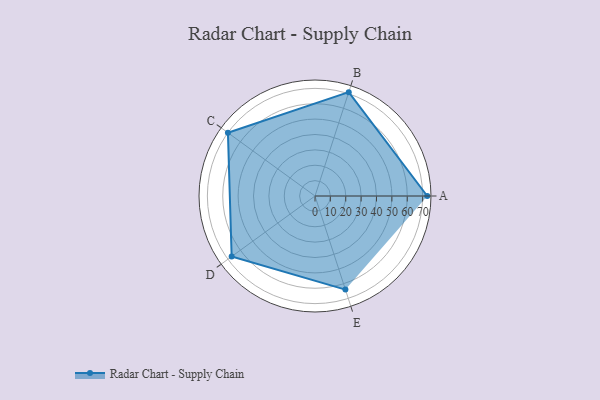
{"axis": {"x": "Skill", "y": "Score"}, "legend": ["Profile"], "data": [{"x": "A", "y": 73.0, "type": "Profile"}, {"x": "B", "y": 71.0, "type": "Profile"}, {"x": "C", "y": 70.0, "type": "Profile"}, {"x": "D", "y": 67.0, "type": "Profile"}, {"x": "E", "y": 64.0, "type": "Profile"}]}